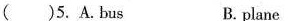
( )5. A. Bus B. plane